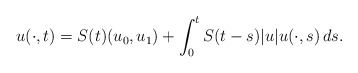
\begin{align*}u(\cdot,t)=S(t)(u_0,u_1)+\int_0^tS(t-s)|u|u(\cdot,s)\,ds.\end{align*}